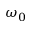
\omega _ { 0 }